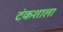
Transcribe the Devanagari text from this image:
टंकशाला